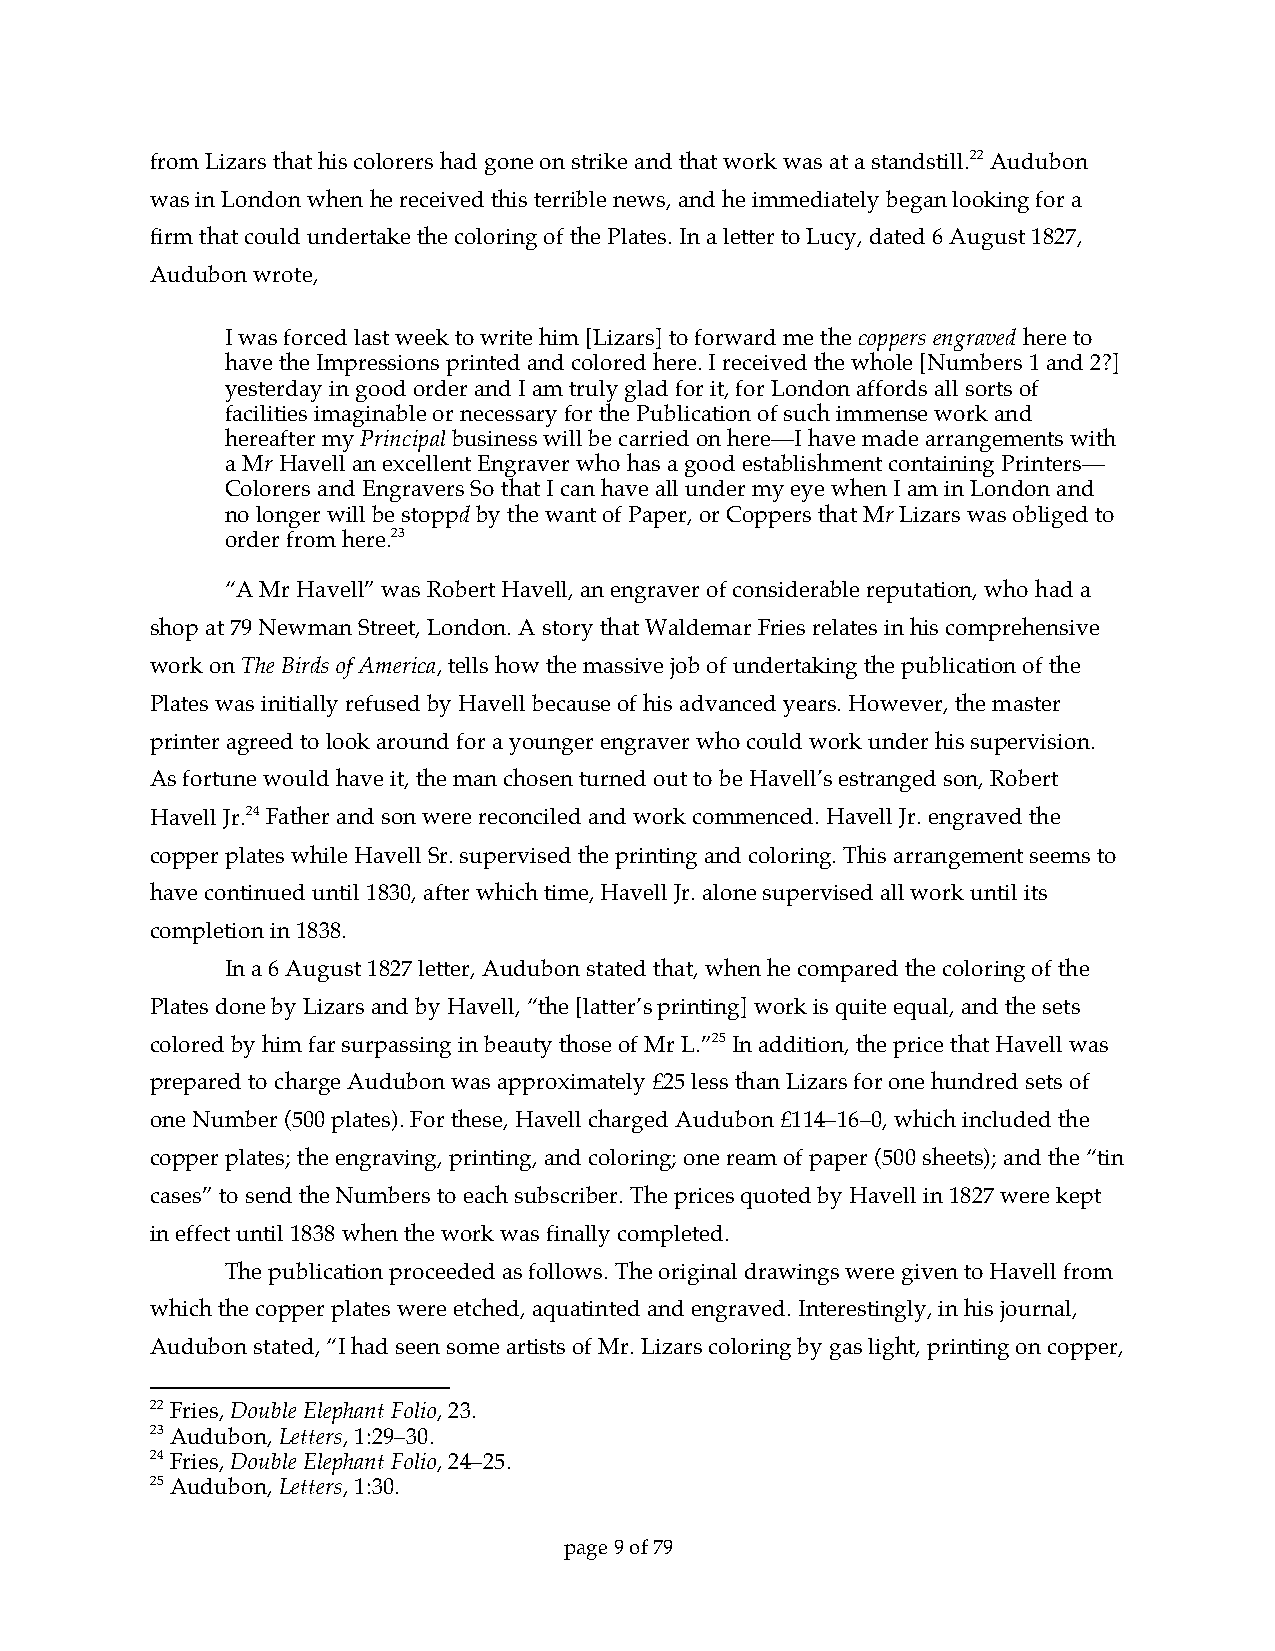
from Lizars that his colorers had gone on strike and that work was at a standstill.22 Audubon
 was in London when he received this terrible news, and he immediately began looking for a
 firm that could undertake the coloring of the Plates. In a letter to Lucy, dated 6 August 1827,
 Audubon wrote,
 I was forced last week to write him [Lizars] to forward me the coppers engraved here to
 have the Impressions printed and colored here. I received the whole [Numbers 1 and 2?]
 yesterday in good order and I am truly glad for it, for London affords all sorts of
 facilities imaginable or necessary for the Publication of such immense work and
 hereafter my Principal business will be carried on here—I have made arrangements with
 a Mr Havell an excellent Engraver who has a good establishment containing Printers—
 Colorers and Engravers So that I can have all under my eye when I am in London and
 no longer will be stoppd by the want of Paper, or Coppers that Mr Lizars was obliged to
 order from here.23
 “A Mr Havell” was Robert Havell, an engraver of considerable reputation, who had a
 shop at 79 Newman Street, London. A story that Waldemar Fries relates in his comprehensive
 work on The Birds of America, tells how the massive job of undertaking the publication of the
 Plates was initially refused by Havell because of his advanced years. However, the master
 printer agreed to look around for a younger engraver who could work under his supervision.
 As fortune would have it, the man chosen turned out to be Havell’s estranged son, Robert
 Havell Jr.24 Father and son were reconciled and work commenced. Havell Jr. engraved the
 copper plates while Havell Sr. supervised the printing and coloring. This arrangement seems to
 have continued until 1830, after which time, Havell Jr. alone supervised all work until its
 completion in 1838.
 In a 6 August 1827 letter, Audubon stated that, when he compared the coloring of the
 Plates done by Lizars and by Havell, “the [latter’s printing] work is quite equal, and the sets
 colored by him far surpassing in beauty those of Mr L.”25 In addition, the price that Havell was
 prepared to charge Audubon was approximately £25 less than Lizars for one hundred sets of
 one Number (500 plates). For these, Havell charged Audubon £114–16–0, which included the
 copper plates; the engraving, printing, and coloring; one ream of paper (500 sheets); and the “tin
 cases” to send the Numbers to each subscriber. The prices quoted by Havell in 1827 were kept
 in effect until 1838 when the work was finally completed.
 The publication proceeded as follows. The original drawings were given to Havell from
 which the copper plates were etched, aquatinted and engraved. Interestingly, in his journal,
 Audubon stated, “I had seen some artists of Mr. Lizars coloring by gas light, printing on copper,
 22 Fries, Double Elephant Folio, 23.
 23 Audubon, Letters, 1:29–30.
 24 Fries, Double Elephant Folio, 24–25.
 25 Audubon, Letters, 1:30.
 page 9 of 79